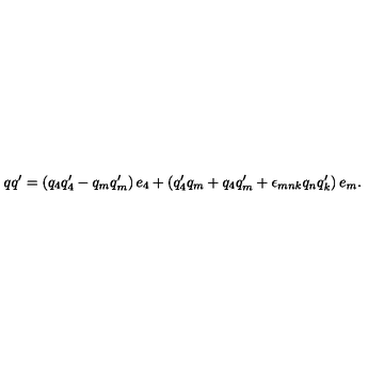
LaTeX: q q ^ { \prime } = \left( q _ { 4 } q _ { 4 } ^ { \prime } - q _ { m } q _ { m } ^ { \prime } \right) e _ { 4 } + \left( q _ { 4 } ^ { \prime } q _ { m } + q _ { 4 } q _ { m } ^ { \prime } + \epsilon _ { m n k } q _ { n } q _ { k } ^ { \prime } \right) e _ { m } .